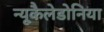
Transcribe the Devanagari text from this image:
न्यूकैलेडोनिया